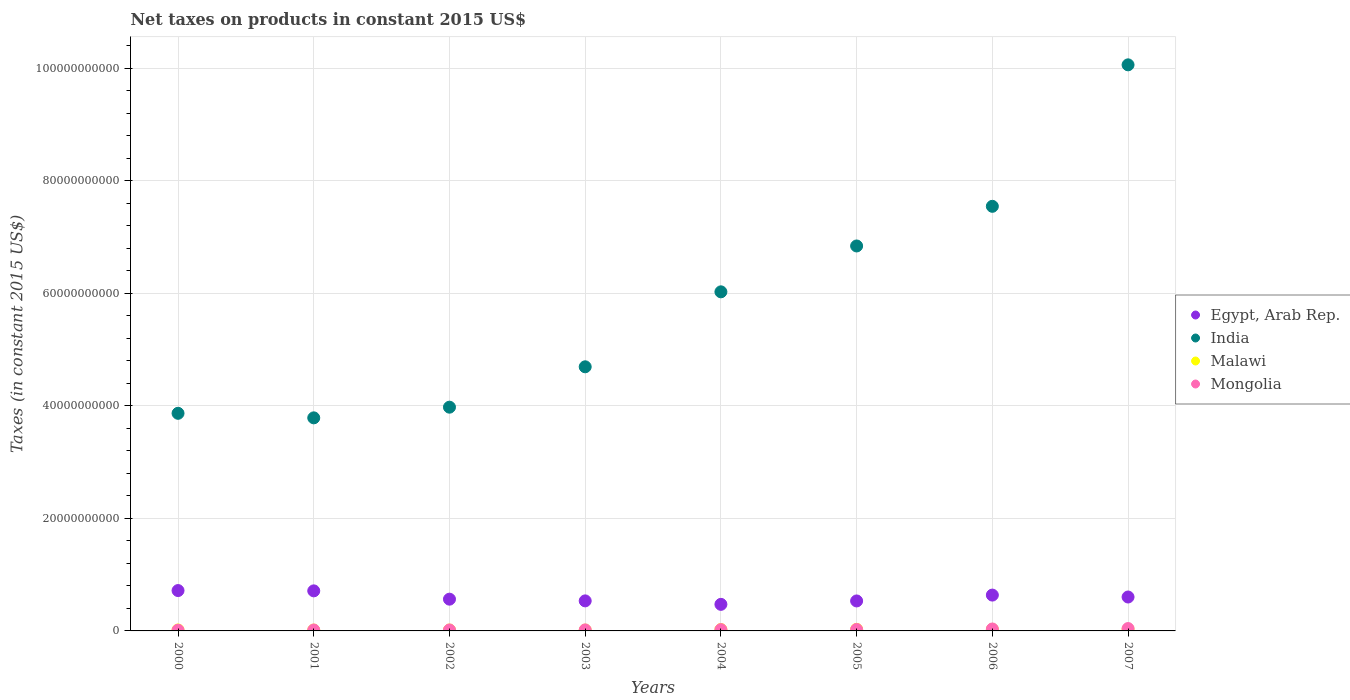
| Years | Egypt, Arab Rep. | India | Malawi | Mongolia |
 | --- | --- | --- | --- | --- |
 | 2000 | 7.17e+09 | 3.87e+10 | 1.71e+08 | 1.27e+08 |
 | 2001 | 7.12e+09 | 3.79e+10 | 1.55e+08 | 1.63e+08 |
 | 2002 | 5.64e+09 | 3.98e+10 | 1.62e+08 | 1.68e+08 |
 | 2003 | 5.34e+09 | 4.69e+10 | 1.52e+08 | 1.78e+08 |
 | 2004 | 4.72e+09 | 6.03e+10 | 2.44e+08 | 2.27e+08 |
 | 2005 | 5.33e+09 | 6.84e+10 | 2.83e+08 | 2.59e+08 |
 | 2006 | 6.37e+09 | 7.55e+10 | 2.82e+08 | 3.44e+08 |
 | 2007 | 6.03e+09 | 1.01e+11 | 3.02e+08 | 4.2e+08 |